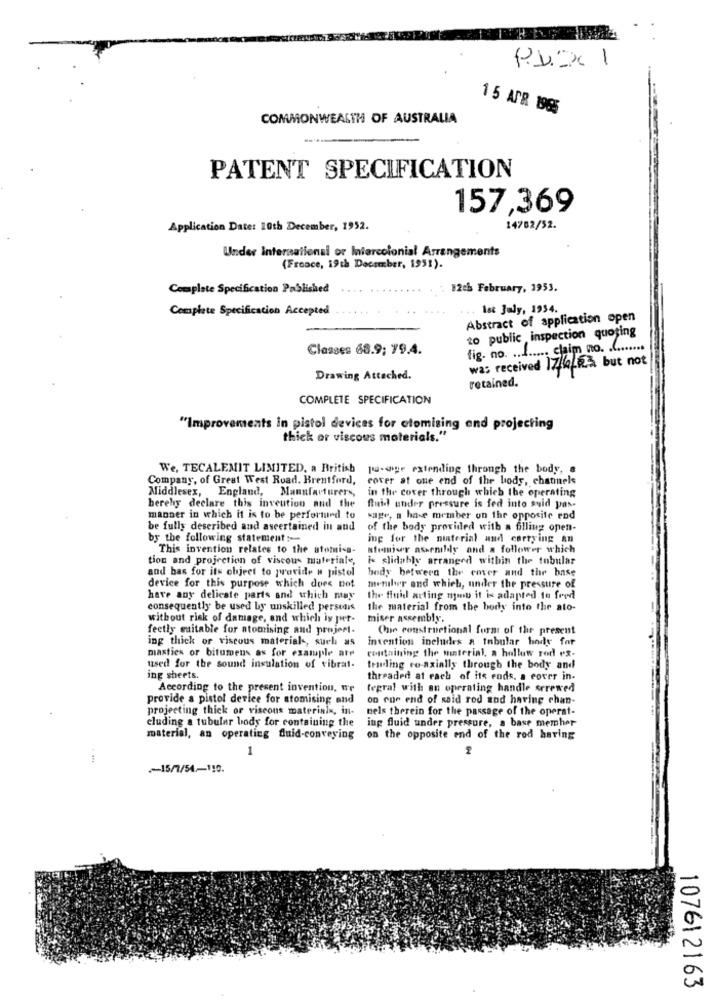
-
15 APR 1965
COMMONWEALTH OF AUSTRALIA
PATENT SPECIFICATION
157,369
Application Date: 10th December, 1952.
14782/52.
Under International or Intercolonial Arrangements
(France, 19th December, 1951).
Complete Specification Pablished
12th February, 1953.
Complate Specification Accepted
Ist July, 1954.
Abstract of application open
zo public inspection quoting
Classes 68.9; 79.4.
fig. no. ........ claim no. .........
was received 17/6/2% but not
Drawing Attached.
retained.
COMPLETE SPECIFICATION
"Improvements in pistol devices for ctomising and projecting
thick or viscous materials."
We. TECALEMIT LIMITED, a British
pa-sige extending through the body, a
Company, of Great West Road. Brentford,
cover at one end of the body, chatmels
Middlesex, England, Manufacturers,
in the cover through which the operating
berehy declare this inveution and the
fluid under pressure is fed into said pas-
manner in which it is to be performed to
sage, a hase member on the opposite eod
be fully described and ascertained in and
of the body provided with a filling open-
by the following statement :-
ing for the niaterial and carrying an
This invention relates to the atomi-a-
atomiwr assenildy and a follower which
tion and projection of viscous materiale,
is slidably arranged within the tubular
and bas for its chjeet to provide a pistol
body between the cover and the base
device for this purpose which does not
member and which, under the pressure of
have any delicate parts and which may
the fluid acting nou it is adapted to feed
consequently be used by unskilled perstars
the material from the body into the ato-
without risk of damage, and which is puer.
miser assembly.
feetly suitable for atomising and project-
Que constructional form of the present
ing thick or viscous materials, such as
invention includes a tabular body for
masties or bitumens as for example are
containing the material, a hallow rod ex-
used for the sound insulation of vibrat.
telling to-axially through the body and
ing sheets.
threaded at each of its rods. a cover in-
According to the present invention, we
tegral with an operating handle screwed
provide a pistol device for atomising and
on one end of said rod and having chan-
projecting thick or viscous materials, in-
nels therein for the passage of the operat-
ing fluid under pressure, a base memher
cluding a tubular body for containing the
material, an operating fluid-conveying on the opposite end of the rod having
1
.....
~15/1/54-110.
10761 2163